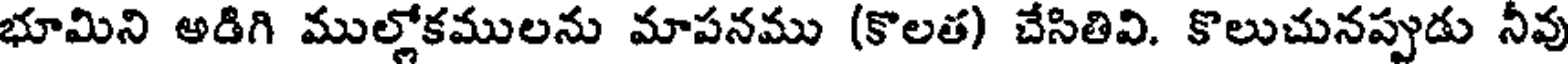
భూమిని అడిగి ముల్లోకములను మాపనము (కొలత) చేసితివి. కొలుచునప్పుడు నీవు